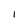
Character: I